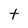
Character: t